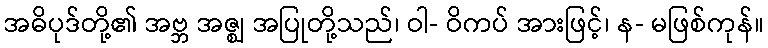
အဓိပုဒ်တို့၏ အဗ္ဘ အဇ္ဈ အပြုတို့သည်၊ ဝါ- ဝိကပ် အားဖြင့်၊ န- မဖြစ်ကုန်။